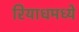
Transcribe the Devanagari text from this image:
रियाधमध्ये